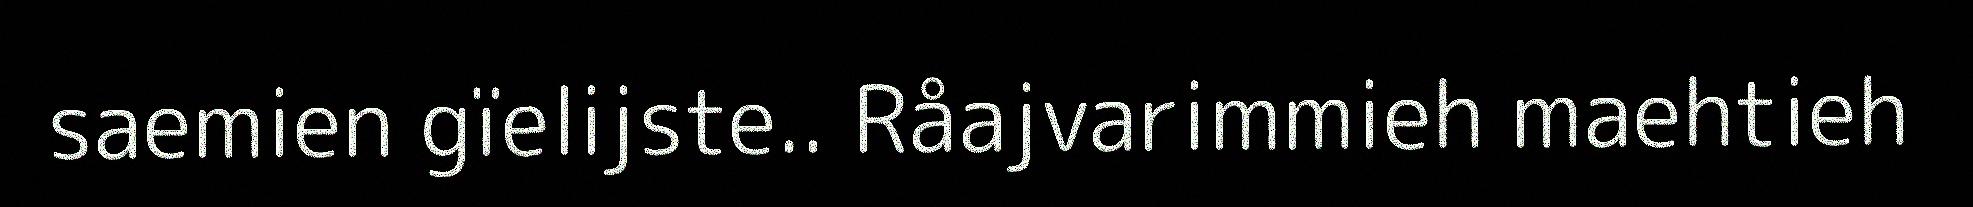
saemien gïelijste.. Råajvarimmieh maehtieh